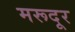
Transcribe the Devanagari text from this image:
मरूदूर